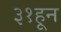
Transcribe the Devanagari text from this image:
३१हून